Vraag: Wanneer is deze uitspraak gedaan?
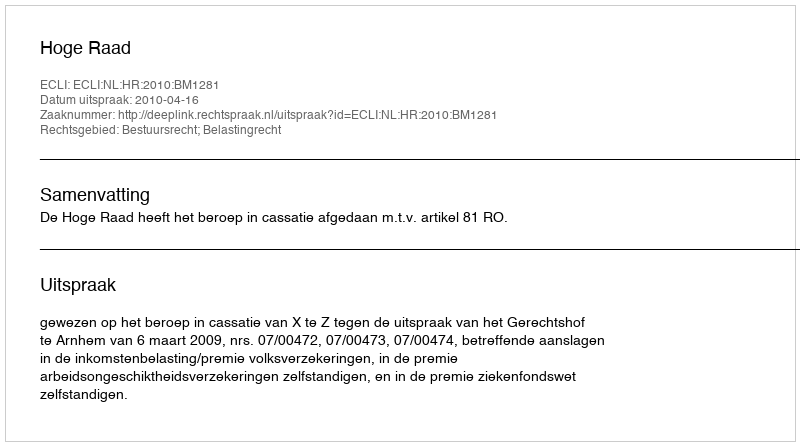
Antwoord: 2010-04-16